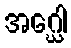
အဂ္ဃေါ